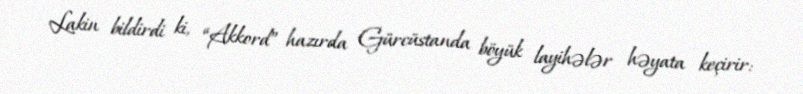
Lakin bildirdi ki, “Akkord” hazırda Gürcüstanda böyük layihələr həyata keçirir: